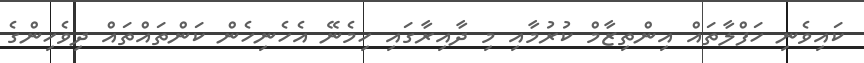
ކައިވެނި ހަފްލާތައް އިންތިޒާމް ކުރުމާއި މި ދާއިރާގައި ހިމެނޭ އެހެނިހެން ކަންތައްތައް ދިވެހިންގެ